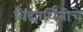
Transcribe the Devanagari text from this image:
विद्यार्थिनीचे